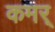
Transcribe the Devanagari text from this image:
कमर्